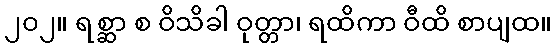
၂၀၂။ ရစ္ဆာ စ ဝိသိခါ ဝုတ္တာ၊ ရထိကာ ဝီထိ စာပျထ။